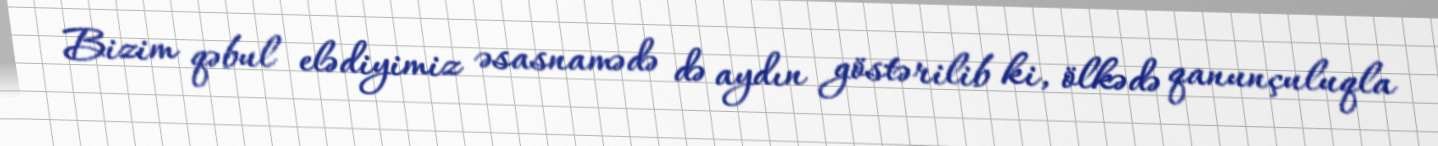
Bizim qəbul elədiyimiz əsasnamədə də aydın göstərilib ki, ölkədə qanunçuluqla